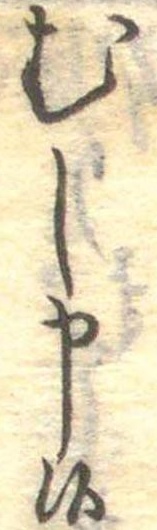
むし申候